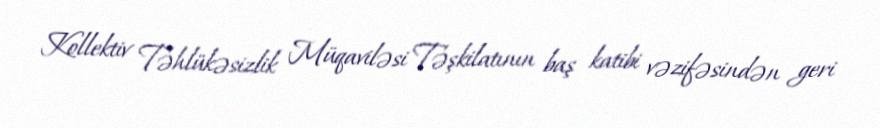
Kollektiv Təhlükəsizlik Müqaviləsi Təşkilatının baş katibi vəzifəsindən geri